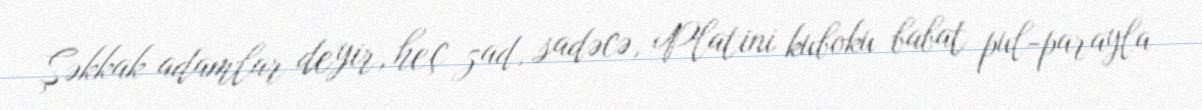
Şəkkak adamlar deyir, heç zad, sadəcə, Platini kuboku babat pul-parayla